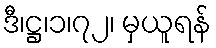
ဒီ၊ဋ္ဌ၊၁၊၇၂၊ မှယူရန်